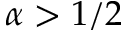
\alpha > 1 / 2